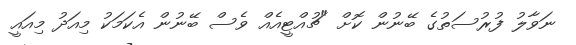
ނަވާލު ފުރުސަތުގެ ބޭނުން ކޮށް "ޗުއްޓީއެއް ވެސް ބޭނުން އެކަމަކު މިއަދު މިއައީ